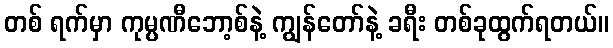
တစ် ရက်မှာ ကုမ္ပဏီဘော့စ်နဲ့ ကျွန်တော်နဲ့ ခရီး တစ်ခုထွက်ရတယ်။